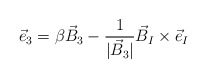
\begin{align*}{\vec e}_{3}= \beta {\vec B}_3 - \frac{1}{|{\vec B}_3|} {\vec B}_I\times{\vec e}_I\end{align*}